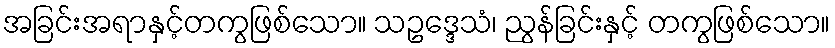
အခြင်းအရာနှင့်တကွဖြစ်သော။ သဥဒ္ဒေသံ၊ ညွန်ခြင်းနှင့် တကွဖြစ်သော။